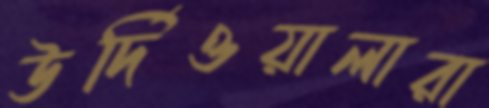
উর্দিওয়ালারা